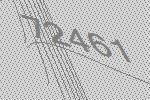
72461